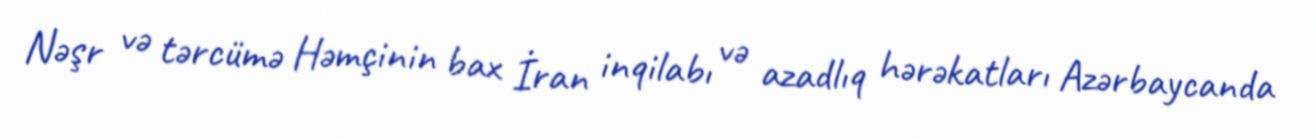
Nəşr və tərcümə Həmçinin bax İran inqilabı və azadlıq hərəkatları Azərbaycanda